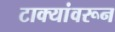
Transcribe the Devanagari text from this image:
टाक्यांवरून